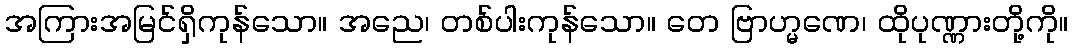
အကြားအမြင်ရှိကုန်သော။ အညေ၊ တစ်ပါးကုန်သော။ တေ ဗြာဟ္မဏေ၊ ထိုပုဏ္ဏားတို့ကို။